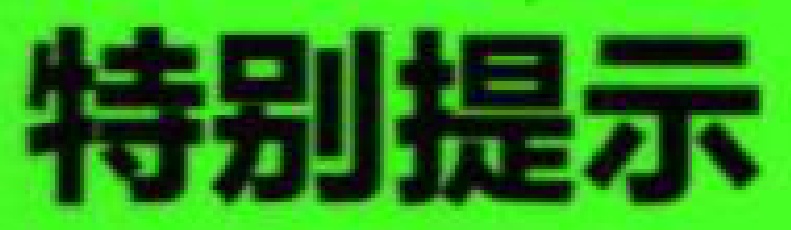
特别提示